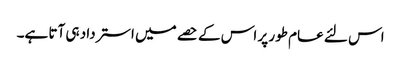
اس لئے عام طور پر اس کے حصے میں استرداد ہی آتا ہے۔